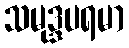
သမုဒ္ဒပရမာ